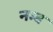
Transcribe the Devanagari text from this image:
नम्ब